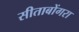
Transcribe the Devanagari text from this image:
सीताबोंगरा